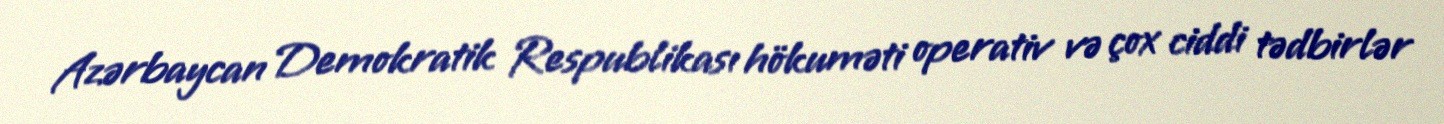
Azərbaycan Demokratik Respublikası hökuməti operativ və çox ciddi tədbirlər